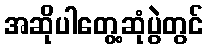
အဆိုပါတွေ့ဆုံပွဲတွင်